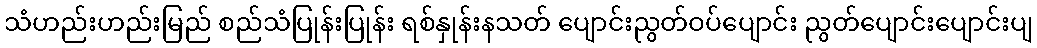
သံဟည်းဟည်းမြည် စည်သံပြုန်းပြုန်း ရစ်နှုန်းနသတ် ပျောင်းညွတ်ဝပ်ပျောင်း ညွတ်ပျောင်းပျောင်းပျ